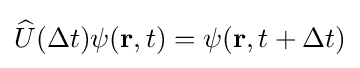
{\widehat {U}}(\Delta t)\psi (\mathbf {r} ,t)=\psi (\mathbf {r} ,t+\Delta t)